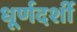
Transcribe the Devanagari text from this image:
धूर्णदर्शी